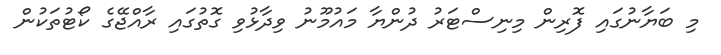
މި ބަޔާނުގައި ފޮރިން މިނިސްޓަރު ދުންޔާ މައުމޫނު ވިދާޅުވި ގޮތުގައި ރާއްޖޭގެ ކޯޓުތަކުން